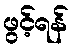
ဖွင့်ရန်